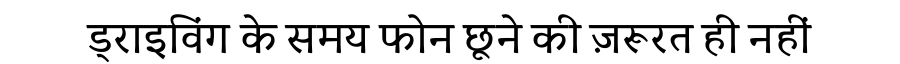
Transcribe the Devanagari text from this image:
ड्राइविंग के समय फोन छूने की ज़रूरत ही नहीं